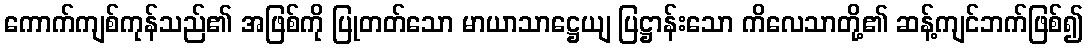
ကောက်ကျစ်ကုန်သည်၏ အဖြစ်ကို ပြုတတ်သော မာယာသာဋ္ဌေယျ ပြဋ္ဌာန်းသော ကိလေသာတို့၏ ဆန့်ကျင်ဘက်ဖြစ်၍